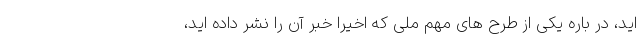
اید، در باره یکی از طرح های مهم ملی که اخیرا خبر آن را نشر داده اید،